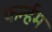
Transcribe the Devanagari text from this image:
फर्न्हम